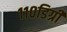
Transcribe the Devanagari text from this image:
११०डिग्री